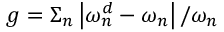
g = \Sigma _ { n } \left| \omega _ { n } ^ { d } - \omega _ { n } \right| / \omega _ { n }